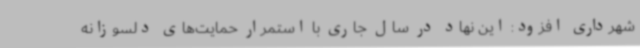
شهرداری افزود: این نهاد در سال جاری با استمرار حمایت‌های دلسوزانه